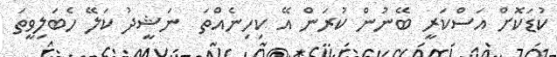
ކުޑަކޮށް އަސްކަރީ ބޭނުން ކުރަން އޭ ކިހިނެއްތަ  ނަޝީދު ކަލޭ ހެބަލިވީތަ